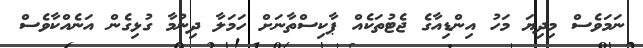
ނަމަވެސް މިދިޔަ މަހު އިންޑިއާގެ ޖެޓުތަކެއް ޕާކިސްތާނަށް ހަމަލާ ދިނުމާ ގުޅިގެން އަނެއްކާވެސް